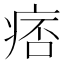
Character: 痞